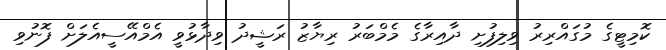
ކޮމިޓީގެ މުގައްރިރު ވިލިފުށި ދާއިރާގެ މެމްބަރު ރިޔާޒު ރަޝީދު ވިދާޅުވީ އެމްއޭސީއެލަށް ފޮނުވި